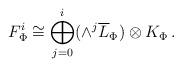
LaTeX: \begin{align*}F^i_\Phi\cong \bigoplus_{j=0}^i (\wedge^j \overline L_\Phi)\otimes K_\Phi\,.\end{align*}